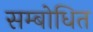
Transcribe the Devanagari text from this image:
सम्‍बोधित